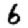
Digit: 6